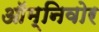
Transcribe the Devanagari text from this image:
ऑम्निवोर